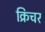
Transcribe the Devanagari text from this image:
क्रिचर